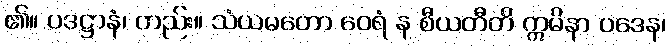
၏။ ပဒဋ္ဌာနံ၊ တည်း။ သံယမတော ဝေရံ န စီယတီတိ ဣမိနာ ပဒေန၊